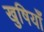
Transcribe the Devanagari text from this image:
खुषियाँ